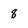
Character: 8